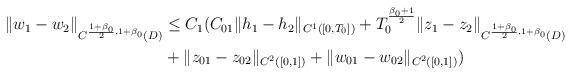
LaTeX: \begin{align*}\begin{aligned}\|w_1 - w_2\|_{C^{\frac{1+\beta_0}{2},1+\beta_0}(D)}&\leq C_1(C_{01}\|h_1-h_2\|_{C^1([0,T_0])} +T_0^{\frac{\beta_0+1}{2}}\|z_1-z_2\|_{C^{\frac{1+\beta_0}{2},1+\beta_0}(D)}\\&+\|z_{01}-z_{02}\|_{C^{2}([0,1])} + \|w_{01}-w_{02}\|_{C^{2}([0,1])})\\\end{aligned}\end{align*}